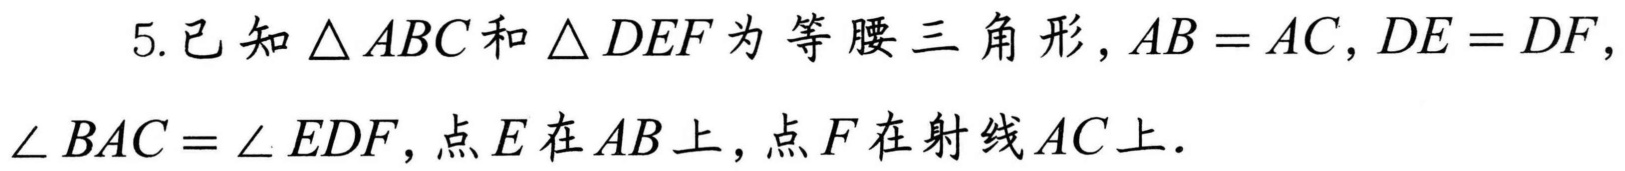
5. 已知\(\triangle ABC\)和\(\triangle DEF\)为等腰三角形，\(AB = AC\)，\(DE = DF\)，
\(\angle BAC=\angle EDF\)，点\(E\)在\(AB\)上，点\(F\)在射线\(AC\)上．